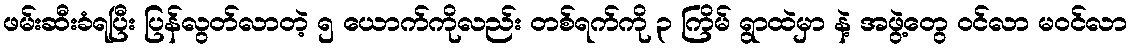
ဖမ်းဆီးခံရပြီး ပြန်လွတ်လာတဲ့ ၅ ယောက်ကိုလည်း တစ်ရက်ကို ၃ ကြိမ် ရွာထဲမှာ နဲ့ အဖွဲ့တွေ ဝင်လာ မဝင်လာ